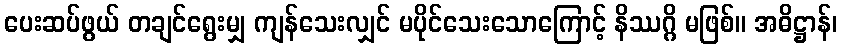
ပေးဆပ်ဖွယ် တချင်ရွေးမျှ ကျန်သေးလျှင် မပိုင်သေးသောကြောင့် နိဿဂ္ဂိ မဖြစ်။ အဓိဋ္ဌာန်၊